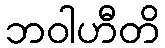
ဘဝါဟီတိ